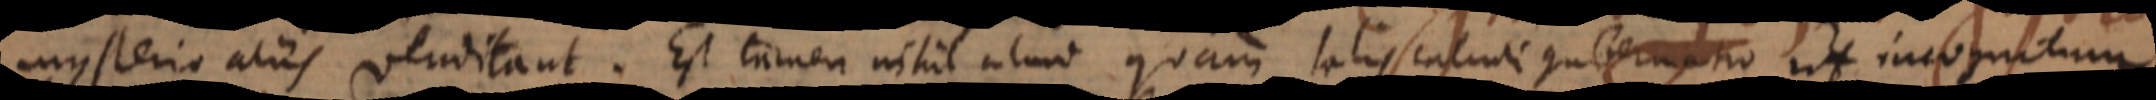
mysterio aliis venditant. Est tamen nihil aliud quam talis calculi gubernatio ut incogni